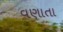
વણાતા